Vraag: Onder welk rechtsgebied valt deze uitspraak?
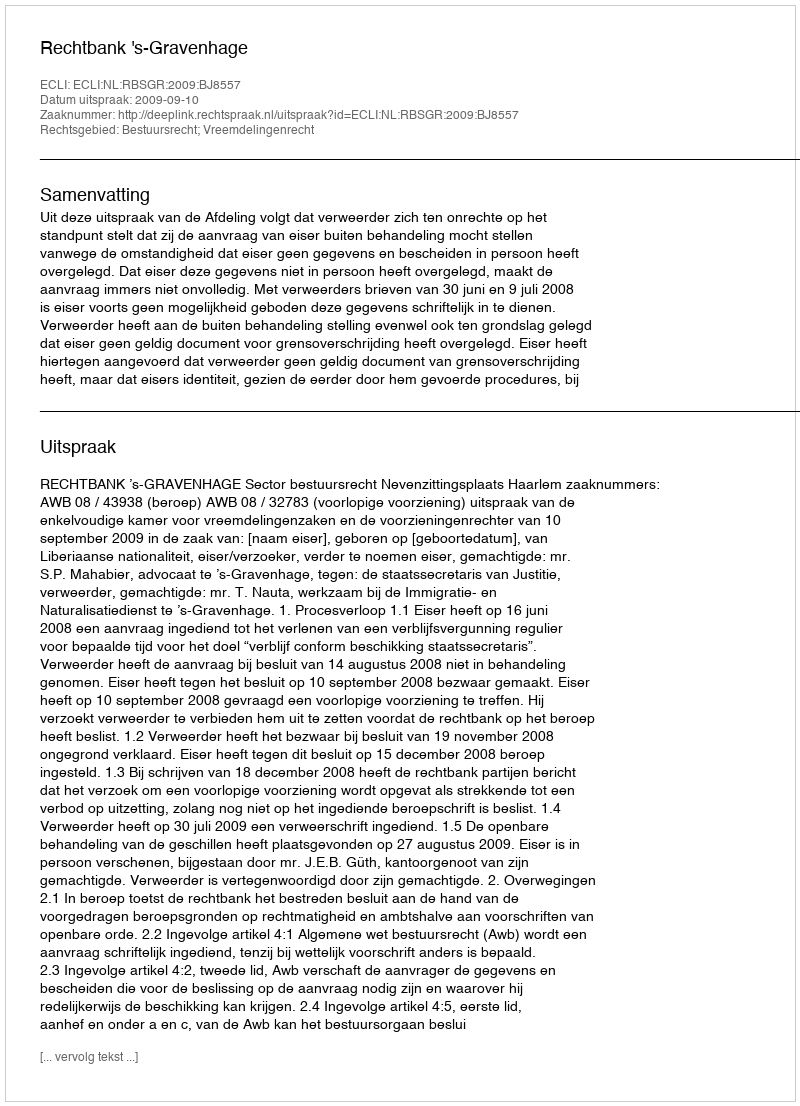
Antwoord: Bestuursrecht; Vreemdelingenrecht